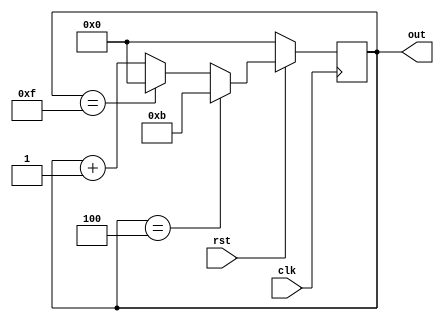
`timescale 1ns / 1ps
module fourbit_2421_decade_counter(clk, rst, out);
input clk, rst;
output [3:0] out;
reg [3:0] out;
always@(posedge clk)
begin
    if(!rst)
        out <= 0;
    else if (out == 4)
        out <= 11;
    else if (out ==15)
        out <= 0;
    else
        out <= out + 1;
end
endmodule